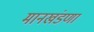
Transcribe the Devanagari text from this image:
मानखंडणा